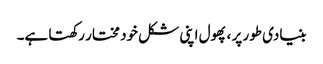
بنیادی طور پر ، پھول اپنی شکل خود مختار رکھتا ہے۔